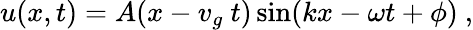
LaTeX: u(x,t)=A(x-v_{g}\ t)\sin(kx-\omega t+\phi)\ ,